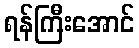
ရန်ကြီးအောင်